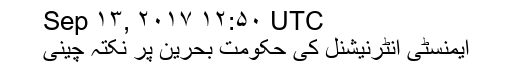
Sep ۱۳, ۲۰۱۷ ۱۲:۵۰ UTC
ایمنسٹی انٹرنیشنل کی حکومت بحرین پر نکتہ چینی